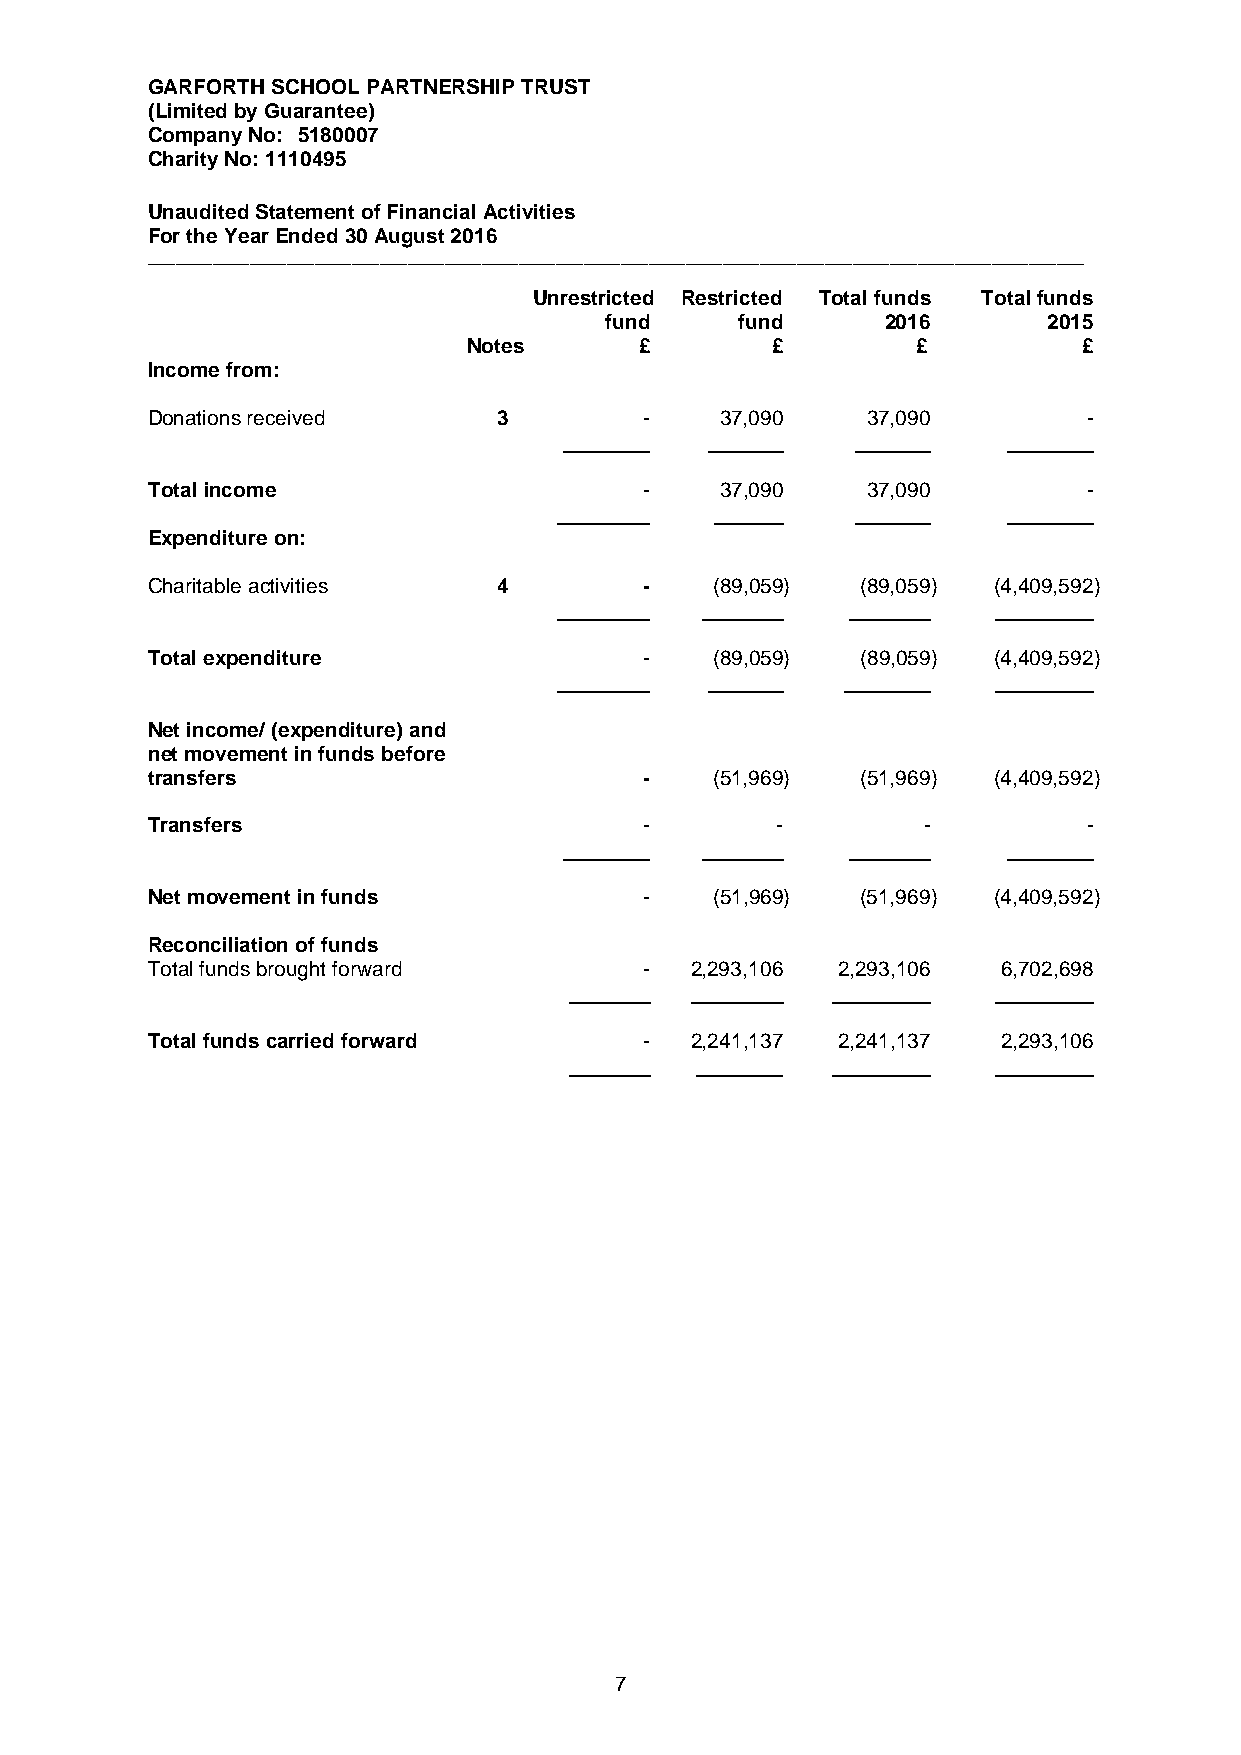
GARFORTH SCHOOL PARTNERSHIP TRUST
 (Limited by Guarantee)
 Company No: 5180007
 Charity No: 1110495
 Unaudited Statement of Financial Activities
 For the Year Ended 30 August 2016
 _____________________________________________________________________________________________________
 Unrestricted Restricted Total funds Total funds
 fund     fund      2016      2015
 Notes      £        £         £          £
 Income from:
 Donations received     3         -    37,090   37,090         -
 Total income                     -    37,090   37,090         -
 Expenditure on:
 Charitable activities  4         -   (89,059)  (89,059) (4,409,592)
 Total expenditure                -   (89,059)  (89,059) (4,409,592)
 Net income/ (expenditure) and
 net movement in funds before
 transfers                        -   (51,969)  (51,969) (4,409,592)
 Transfers                        -       -         -          -
 Net movement in funds            -   (51,969)  (51,969) (4,409,592)
 Reconciliation of funds
 Total funds brought forward      -  2,293,106 2,293,106 6,702,698
 Total funds carried forward      -  2,241,137 2,241,137 2,293,106
 7